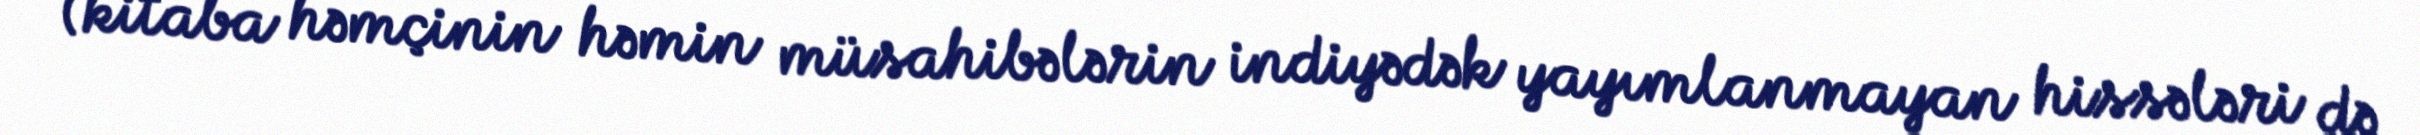
(kitaba həmçinin həmin müsahibələrin indiyədək yayımlanmayan hissələri də